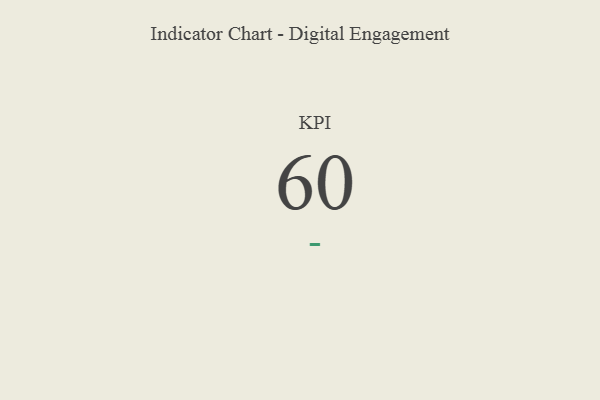
{"axis": {"x": "KPI", "y": "Value"}, "legend": [""], "data": [{"x": "KPI", "y": 60, "type": ""}]}